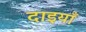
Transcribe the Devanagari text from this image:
दाइयाँ